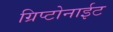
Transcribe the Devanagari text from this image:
ग्रिप्टोनाईट